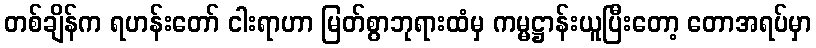
တစ်ချိန်က ရဟန်းတော် ငါးရာဟာ မြတ်စွာဘုရားထံမှ ကမ္မဋ္ဌာန်းယူပြီးတော့ တောအရပ်မှာ